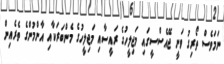
ނަމަވެސް ތޯރިގު ވަނީ ޖޭއެސްސީގައި މަޖިލީހުގެ ރައީސާއި މަޖިލީހުގެ މެންބަރަކާއި އާންމުންގެ ތެރެއިން